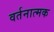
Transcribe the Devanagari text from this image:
वर्तनात्मक